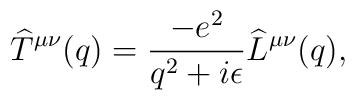
\widehat T^{\mu\nu}(q) = {-e^2\over q^2+i\epsilon}\widehat L^{\mu\nu}(q),